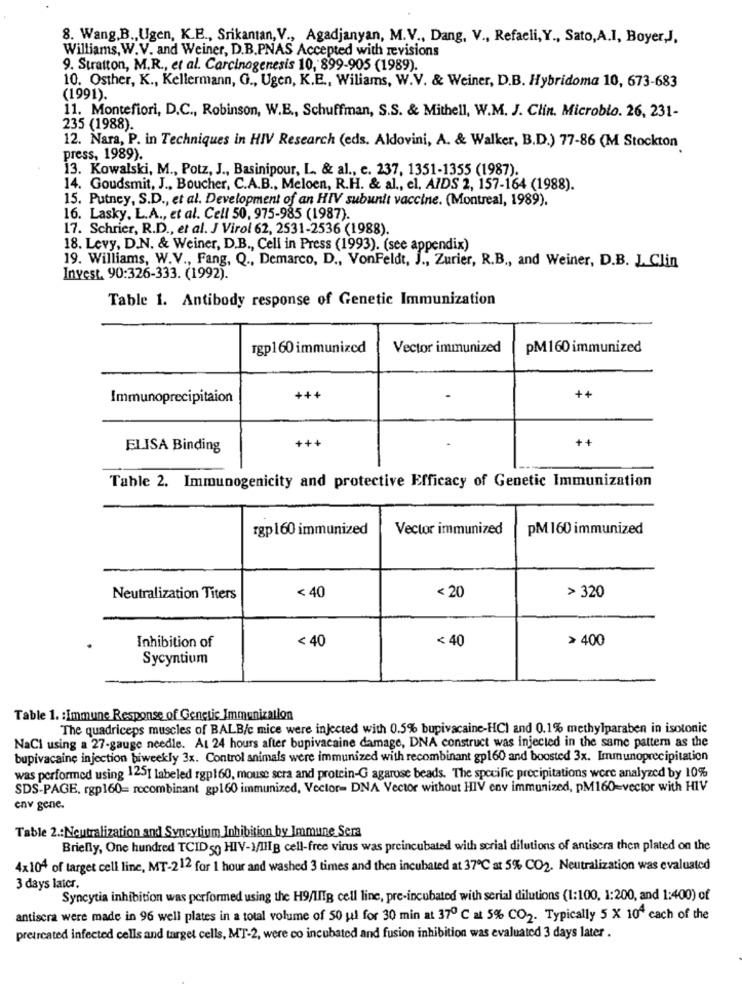
8. Wang.B ., Ugen, K.E ., Srikantan,V ., Agadjanyan, M.V ., Dang, V ., Refaeli,Y ., Sato,A.I, Boyer,J.
Williams, W.V. and Weiner, D.B.PNAS Accepted with revisions
9. Stratton, M.R ., et al. Carcinogenesis 10, 899-905 (1989).
10. Osther, K ., Kellermann, G ., Ugen, K.E ., Wiliams, W.V. & Weiner, D.B. Hybridoma 10, 673-683
(1991).
11. Montefiori, D.C ., Robinson, W.E ., Schuffman, S.S. & Mithell, W.M. J. Clin. Microblo. 26, 231-
235 (1988).
12. Nara, P. in Techniques in HIV Research (eds. Aldovini, A. & Walker, B.D.) 77-86 (M Stockton
press, 1989).
13. Kowalski, M ., Potz, J ., Basinipour, L. & al ., c. 237, 1351-1355 (1987).
14. Goudsmit, J ., Boucher, C.A.B ., Meloen, R.H. & al ., el, AIDS 2, 157-164 (1988).
15. Putney, S.D ., et al. Development of an HIV subunit vaccine. (Montreal, 1989).
16. Lasky, L.A ., et al. Cell 50, 975-985 (1987).
17. Schrier, R.D ., et al. J Virol 62, 2531-2536 (1988).
18. Levy, D.N. & Weiner, D.B ., Cell in Press (1993). (see appendix)
19. Williams, W.V ., Fang, Q ., Demarco, D ., VonFeldt, J ., Zurier, R.B ., and Weiner, D.B. L Clin
Invest, 90:326-333. (1992).
Table 1. Antibody response of Genetic Immunization
rgp160 immunized
Vector immunized
PM160 immunized
Immunoprecipitaion
+++
++
+++
++
ELISA Binding
Table 2. Immunogenicity and protective Efficacy of Genetic Immunization
rgp 160 immunized
Vector immunized
PM 160 immunized
< 40
< 20
> 320
Neutralization Titers
Inhibition of
< 40
< 40
> 400
Sycyntium
Table 1. : Immune Response of Genetic Immunization
The quadriceps muscles of BALB/c mice were injected with 0.5% bupivacaine-HCI and 0.1% methylparaben in isotonic
NaCl using a 27-gauge needle. At 24 hours after bupivacaine damage, DNA construct was injected in the same pattern as the
bupivacainę injection biweekly 3x. Control animals were immunized with recombinant gp160 and boosted 3x. Immunoprecipitation
was performed using 1251 labeled rgp160, mouse scra and protein-G agarose beads. The specific precipitations were analyzed by 10%
SDS-PAGE, rgp160= recombinant gp160 immunized, Vector= DNA Vector without HIV env immunized, pM160=vector with HIV
env gene.
Table 2 .: Neutralization and Syncytium Inhibition by Immune Sera
Briefly, One hundred TCID 50 HIV-1/IIIB cell-free virus was preincubated with scrial dilutions of antisera then plated on the
4x104 of target cell line, MT-212 for 1 hour and washed 3 times and then incubated at 37℃ at 5% CO2. Neutralization was evaluated
3 days later.
Syncytia inhibition was performed using the H9/IHR cell line, pre-incubated with serial dilutions (1:100, 1:200, and 1:400) of
antiscra were made in 96 well plates in a total volume of 50 ul for 30 min at 370 ℃ at 5% CO2. Typically 5 X 10º each of the
pretreated infected cells and target cells, MT-2, were co incubated and fusion inhibition was evaluated 3 days later .